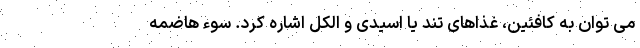
می توان به کافئین، غذاهای تند یا اسیدی و الکل اشاره کرد. سوء هاضمه